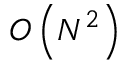
O \left( N ^ { 2 } \right)